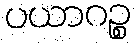
ပယာဂဉ္စ